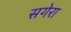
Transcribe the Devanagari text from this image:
सगेरा